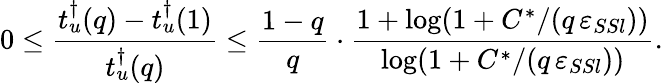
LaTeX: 0\leq\frac{t_{u}^{\dagger}(q)-t_{u}^{\dagger}(1)}{t_{u}^{\dagger}(q)}\leq\frac{1-q}{q}\cdot\frac{1+\log(1+C^{*}/(q\, \varepsilon_{SSl}))}{\log(1+C^{*}/(q\, \varepsilon_{SSl}))}.